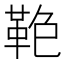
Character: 𩊋